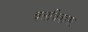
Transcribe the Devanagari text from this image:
चलचित्रहरूः